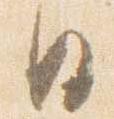
日